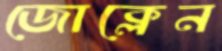
জোক্লেন